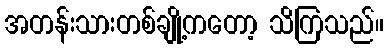
အတန်းသားတစ်ချို့ကတော့ သိကြသည်။